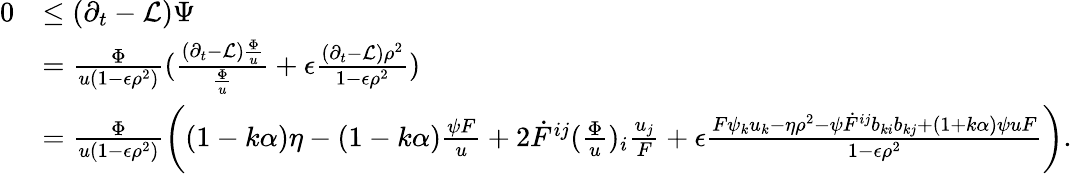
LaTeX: \begin{array}{rl}{0}&{\leq(\partial_{t}-\mathcal{L})\Psi}\\ &{=\frac{\Phi}{u(1-\epsilon\rho^{2})}(\frac{(\partial_{t}-\mathcal{L})\frac{\Phi}{u}}{\frac{\Phi}{u}}+\epsilon\frac{(\partial_{t}-\mathcal{L})\rho^{2}}{1-\epsilon\rho^{2}})}\\ &{=\frac{\Phi}{u(1-\epsilon\rho^{2})}\left((1-k\alpha)\eta-(1-k\alpha)\frac{\psi F}{u}+2\dot{F}^{ij}(\frac{\Phi}{u})_{i}\frac{u_{j}}{F}+\epsilon\frac{F\psi_{k}u_{k}-\eta\rho^{2}-\psi\dot{F}^{ij}b_{ki}b_{kj}+(1+k\alpha)\psi uF}{1-\epsilon\rho^{2}}\right).}\end{array}